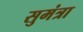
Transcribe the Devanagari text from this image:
सुमंत्रा